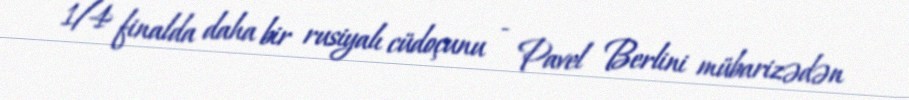
1/4 finalda daha bir rusiyalı cüdoçunu - Pavel Berlini mübarizədən